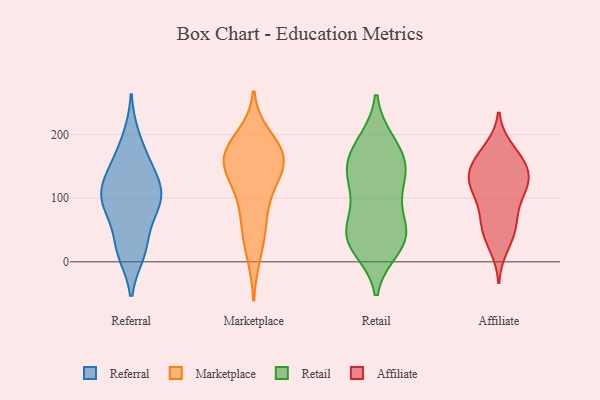
{"axis": {"x": "Market Share (%)", "y": "Value"}, "legend": ["Affiliate", "Marketplace", "Referral", "Retail"], "data": [{"x": "", "y": 150, "type": "Referral"}, {"x": "", "y": 105, "type": "Referral"}, {"x": "", "y": 133, "type": "Referral"}, {"x": "", "y": 14, "type": "Referral"}, {"x": "", "y": 109, "type": "Referral"}, {"x": "", "y": 196, "type": "Referral"}, {"x": "", "y": 17, "type": "Referral"}, {"x": "", "y": 31, "type": "Referral"}, {"x": "", "y": 110, "type": "Referral"}, {"x": "", "y": 94, "type": "Referral"}, {"x": "", "y": 159, "type": "Referral"}, {"x": "", "y": 77, "type": "Referral"}, {"x": "", "y": 85, "type": "Referral"}, {"x": "", "y": 175, "type": "Marketplace"}, {"x": "", "y": 166, "type": "Marketplace"}, {"x": "", "y": 196, "type": "Marketplace"}, {"x": "", "y": 98, "type": "Marketplace"}, {"x": "", "y": 11, "type": "Marketplace"}, {"x": "", "y": 123, "type": "Marketplace"}, {"x": "", "y": 60, "type": "Marketplace"}, {"x": "", "y": 156, "type": "Marketplace"}, {"x": "", "y": 133, "type": "Marketplace"}, {"x": "", "y": 165, "type": "Marketplace"}, {"x": "", "y": 52, "type": "Marketplace"}, {"x": "", "y": 157, "type": "Marketplace"}, {"x": "", "y": 173, "type": "Marketplace"}, {"x": "", "y": 34, "type": "Retail"}, {"x": "", "y": 184, "type": "Retail"}, {"x": "", "y": 22, "type": "Retail"}, {"x": "", "y": 102, "type": "Retail"}, {"x": "", "y": 49, "type": "Retail"}, {"x": "", "y": 38, "type": "Retail"}, {"x": "", "y": 166, "type": "Retail"}, {"x": "", "y": 80, "type": "Retail"}, {"x": "", "y": 144, "type": "Retail"}, {"x": "", "y": 140, "type": "Retail"}, {"x": "", "y": 41, "type": "Retail"}, {"x": "", "y": 132, "type": "Retail"}, {"x": "", "y": 188, "type": "Retail"}, {"x": "", "y": 37, "type": "Retail"}, {"x": "", "y": 146, "type": "Retail"}, {"x": "", "y": 128, "type": "Affiliate"}, {"x": "", "y": 71, "type": "Affiliate"}, {"x": "", "y": 23, "type": "Affiliate"}, {"x": "", "y": 53, "type": "Affiliate"}, {"x": "", "y": 101, "type": "Affiliate"}, {"x": "", "y": 99, "type": "Affiliate"}, {"x": "", "y": 169, "type": "Affiliate"}, {"x": "", "y": 149, "type": "Affiliate"}, {"x": "", "y": 136, "type": "Affiliate"}, {"x": "", "y": 133, "type": "Affiliate"}, {"x": "", "y": 114, "type": "Affiliate"}, {"x": "", "y": 178, "type": "Affiliate"}, {"x": "", "y": 56, "type": "Affiliate"}, {"x": "", "y": 164, "type": "Affiliate"}, {"x": "", "y": 123, "type": "Affiliate"}, {"x": "", "y": 44, "type": "Affiliate"}, {"x": "", "y": 145, "type": "Affiliate"}]}